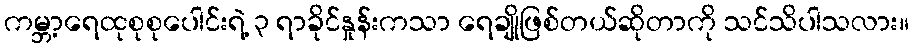
ကမ္ဘာ့ရေထုစုစုပေါင်းရဲ့ ၃ ရာခိုင်နှုန်းကသာ ရေချိုဖြစ်တယ်ဆိုတာကို သင်သိပါသလား။